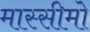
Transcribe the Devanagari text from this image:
मास्सीमो